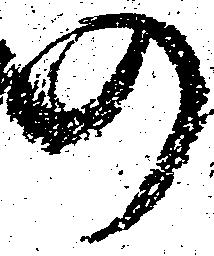
の